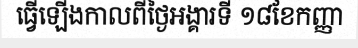
ធ្វើឡើងកាលពីថ្ងៃអង្គារទី ១៨ខែកញ្ញា